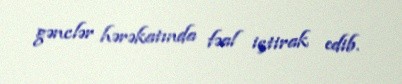
gənclər hərəkatında fəal içtirak edib.